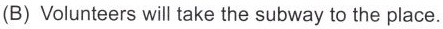
(B) Volunteers will take the subway to the place.